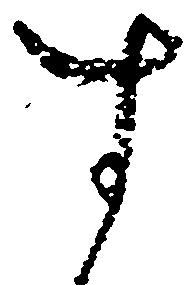
す